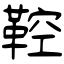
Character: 鞚